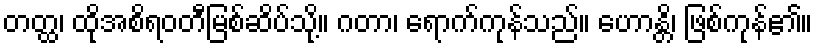
တတ္ထ၊ ထိုအစိရဝတီမြစ်ဆိပ်သို့။ ဂတာ၊ ရောက်ကုန်သည်။ ဟောန္တိ၊ ဖြစ်ကုန်၏။